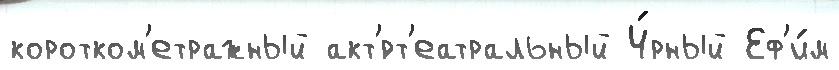
коротком'етражный акт'́рт'еатральный Ч́рный Еф'и́м